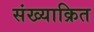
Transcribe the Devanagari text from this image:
संख्याक्रित